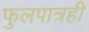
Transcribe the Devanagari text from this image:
फुलपात्रही